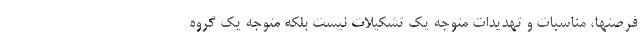
فرصتها، مناسبات و تهدیدات متوجه یک تشکیلات نیست بلکه متوجه یک گروهِ